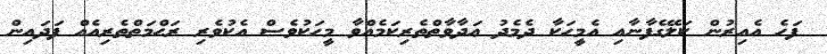
ފަހެ އެއިރުން ކަލޭގެފާނާއި އެމީހަކާ ދެމެދު ޢަދާވާތްތެރިކަމެއްވާ މީހަކުވެސް އެކުވެރި ރަޙްމަތްތެރިއެއް ފަދައިން